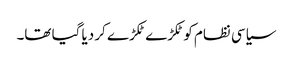
سیاسی نظام کو ٹکڑے ٹکڑے کر دیا گیا تھا۔